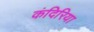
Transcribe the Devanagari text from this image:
कंदिरिया